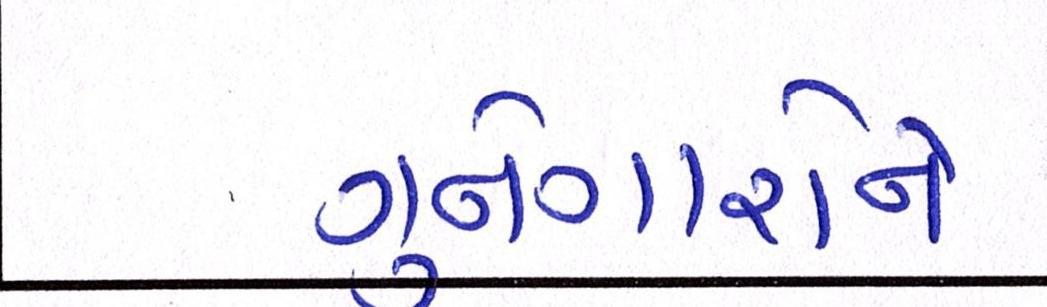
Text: ગુનેગારોને